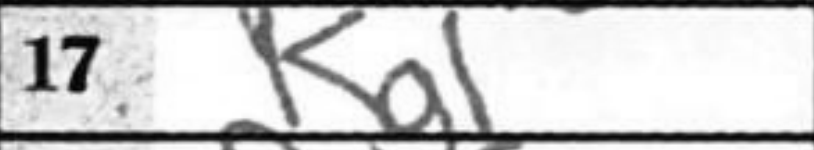
Transcription: Kg1